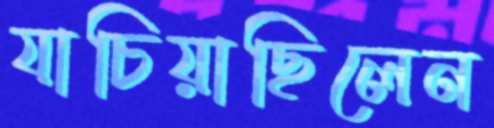
যাচিয়াছিলেন